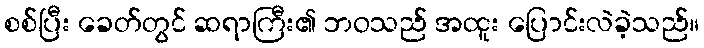
စစ်ပြီး ခေတ်တွင် ဆရာကြီး၏ ဘဝသည် အထူး ပြောင်းလဲခဲ့သည်။